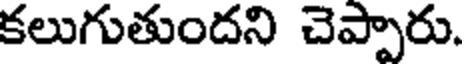
కలుగుతుందని చెప్పారు.